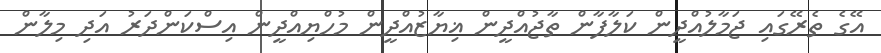
އޭގެ ތެރޭގައި ޖަމާލުއްދީން ކަލާފާން ތާޖުއްދީން ޣިޔާޒުއްދީން މުހްޔިއްދީން އިސްކަންދަރު އަދި މިލާން